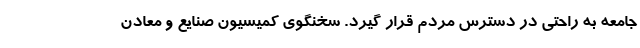
جامعه به راحتی در دسترس مردم قرار گیرد. سخنگوی کمیسیون صنایع و معادن